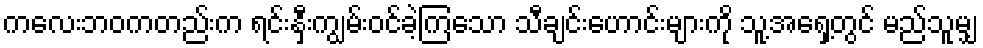
ကလေးဘဝကတည်းက ရင်းနှီးကျွမ်းဝင်ခဲ့ကြသော သီချင်းဟောင်းများကို သူ့အရှေ့တွင် မည်သူမျှ